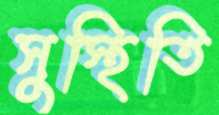
সুস্থিতি